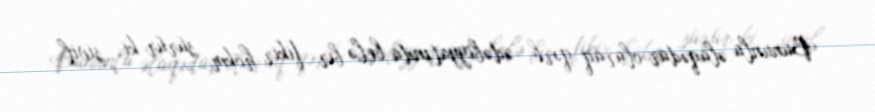
Bununla əlaqədar olaraq qərb ədəbiyyatında belə bir fikir hökm sürür ki, sivil